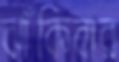
ঝাঁকিবার